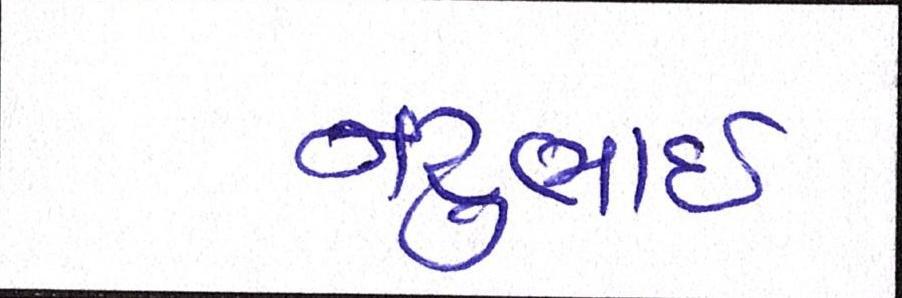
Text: નટુભાઈ